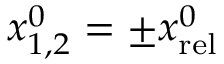
x _ { 1 , 2 } ^ { 0 } = \pm x _ { \mathrm { r e l } } ^ { 0 }